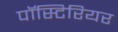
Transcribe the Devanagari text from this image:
पॉस्टिरियर